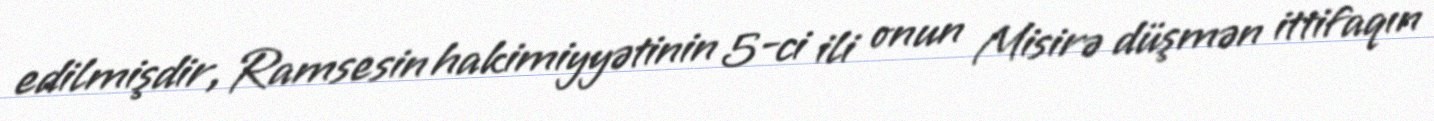
edilmişdir, Ramsesin hakimiyyətinin 5-ci ili onun Misirə düşmən ittifaqın